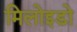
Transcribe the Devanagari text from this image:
मिलोइडो